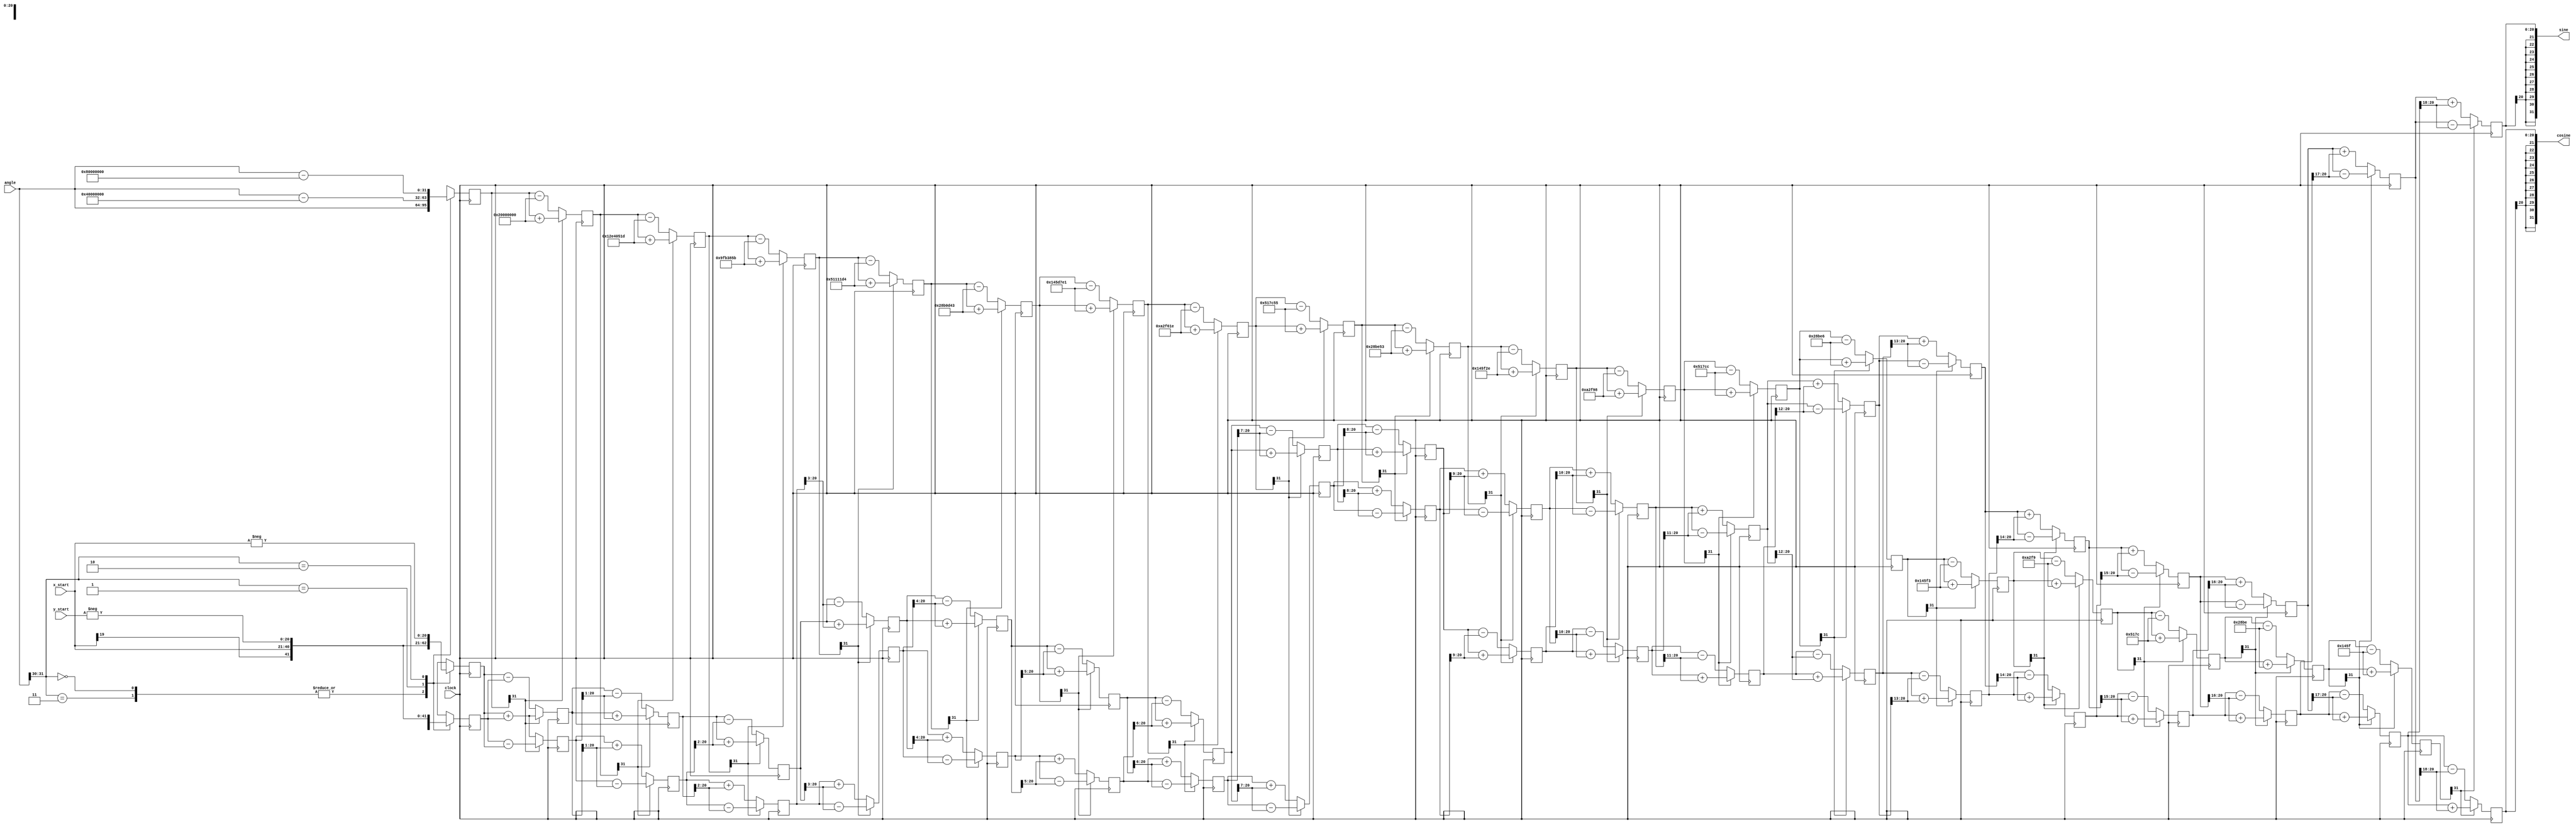
//Cordic algorith to calculate sine and cosine



module CORDIC(clock, cosine, sine, x_start, y_start, angle);

  parameter width = 20;
  parameter N = 32;

  // Inputs
  input clock;
  input signed [width-1:0] x_start,y_start; 
  input signed [31:0] angle;

  // Outputs
  output signed  [N-1:0] sine, cosine;

  // Generate table of atan values
  wire signed [31:0] atan_table [0:30];
                          
  assign atan_table[00] = 'b00100000000000000000000000000000; // 45.000 degrees -> atan(2^0)
  assign atan_table[01] = 'b00010010111001000000010100011101; // 26.565 degrees -> atan(2^-1)
  assign atan_table[02] = 'b00001001111110110011100001011011; // 14.036 degrees -> atan(2^-2)
  assign atan_table[03] = 'b00000101000100010001000111010100; // atan(2^-3)
  assign atan_table[04] = 'b00000010100010110000110101000011;
  assign atan_table[05] = 'b00000001010001011101011111100001;
  assign atan_table[06] = 'b00000000101000101111011000011110;
  assign atan_table[07] = 'b00000000010100010111110001010101;
  assign atan_table[08] = 'b00000000001010001011111001010011;
  assign atan_table[09] = 'b00000000000101000101111100101110;
  assign atan_table[10] = 'b00000000000010100010111110011000;
  assign atan_table[11] = 'b00000000000001010001011111001100;
  assign atan_table[12] = 'b00000000000000101000101111100110;
  assign atan_table[13] = 'b00000000000000010100010111110011;
  assign atan_table[14] = 'b00000000000000001010001011111001;
  assign atan_table[15] = 'b00000000000000000101000101111100;
  assign atan_table[16] = 'b00000000000000000010100010111110;
  assign atan_table[17] = 'b00000000000000000001010001011111;
  assign atan_table[18] = 'b00000000000000000000101000101111;
  assign atan_table[19] = 'b00000000000000000000010100010111;
  assign atan_table[20] = 'b00000000000000000000001010001011;
  assign atan_table[21] = 'b00000000000000000000000101000101;
  assign atan_table[22] = 'b00000000000000000000000010100010;
  assign atan_table[23] = 'b00000000000000000000000001010001;
  assign atan_table[24] = 'b00000000000000000000000000101000;
  assign atan_table[25] = 'b00000000000000000000000000010100;
  assign atan_table[26] = 'b00000000000000000000000000001010;
  assign atan_table[27] = 'b00000000000000000000000000000101;
  assign atan_table[28] = 'b00000000000000000000000000000010;
  assign atan_table[29] = 'b00000000000000000000000000000001;
  assign atan_table[30] = 'b00000000000000000000000000000000;

  reg signed [width:0] x [0:width-1];
  reg signed [width:0] y [0:width-1];
  reg signed    [31:0] z [0:width-1];


  // make sure rotation angle is in -pi/2 to pi/2 range
  wire [1:0] quadrant;
  assign quadrant = angle[31:30];

  always @(posedge clock)
  begin // make sure the rotation angle is in the -pi/2 to pi/2 range
    case(quadrant)
      2'b00,
      2'b11: // no changes needed for these quadrants
      begin
        x[0] <= x_start;
        y[0] <= y_start;
        z[0] <= angle;
      end
      //Second quadrant
      2'b01:
      begin
        x[0] <= -y_start;
        y[0] <= x_start;
        z[0] <= angle - 32'b01000000000000000000000000000000;
      end
      //Third quadrant
      2'b10:
      begin
        x[0] <= -x_start;
        y[0] <= -y_start;
        z[0] <= angle - 32'b10000000000000000000000000000000;
      end
    endcase
  end


  // run through iterations
  genvar i;

  generate
  for (i=0; i < (width-1); i=i+1)
  begin: xyz
    wire z_sign;
    wire signed [width:0] x_shr, y_shr;
    // signed shift right	
    
    assign x_shr = (x[i]>>i);
    assign y_shr = (y[i]>>i);


    //the sign of the current rotation angle
    assign z_sign = z[i][31];

    always @(posedge clock)
    begin
      // add/subtract shifted data
      if(z_sign)
      begin
			// If the phase is negative, rotate by the
			// CORDIC angle in a clockwise direction.
			x[i+1] <= x[i] + (y[i]>>>(i));
			y[i+1] <= y[i] - (x[i]>>>(i));
        	z[i+1] <= z[i] + atan_table[i];

		end else begin
			// On the other hand, if the phase is
			// positive ... rotate in the
			// counter-clockwise direction
			x[i+1] <= x[i] - (y[i]>>>(i));
			y[i+1] <= y[i] + (x[i]>>>(i));
         	z[i+1] <= z[i] - atan_table[i];
		end
    end
  end
  endgenerate

  // assign output
  assign cosine = x[width-1];
  assign sine = y[width-1];

endmodule